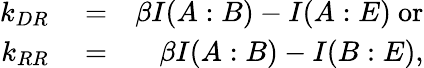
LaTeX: \begin{array}{rlr}{k_{DR}}&{{}=}&{\beta I(A:B)-I(A:E)\ \mathrm{{or}}}\\ {k_{RR}}&{{}=}&{\beta I(A:B)-I(B:E),}\end{array}